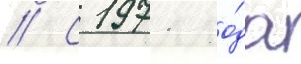
// С 1971 го́да